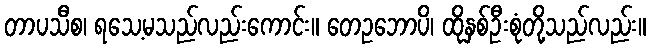
တာပသီစ၊ ရသေ့မသည်လည်းကောင်း။ တေဥဘောပိ၊ ထိုနှစ်ဦးစုံတို့သည်လည်း။